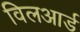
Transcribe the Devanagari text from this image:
विलआर्ड